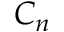
C _ { n }